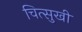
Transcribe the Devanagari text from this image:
चित्सुखी